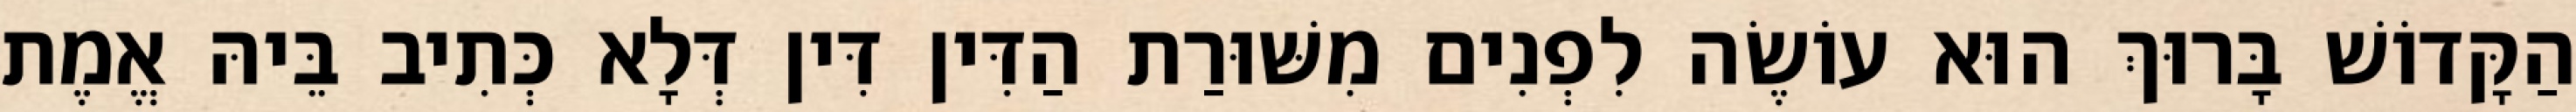
הַקָּדוֹשׁ בָּרוּךְ הוּא עוֹשֶׂה לִפְנִים מִשּׁוּרַת הַדִּין דִּין דְּלָא כְּתִיב בֵּיהּ אֱמֶת